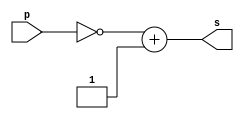
// -------------------------
// Extra2 - comnplemeno de 2
// Nome: guilherme alves de oliviera
// -------------------------

module complemento2(output [7:0]s,input [7:0]p);

assign s = ~p + 1;

endmodule//complemento2

module testecomplemento2;
reg [7:0]a;
wire [7:0]b;

complemento2 COM2(b,a);


// ------------------------- parte principal
initial begin:main
  $display("extra 2 -guilherme alves de oliveira - 450161");
  $display("Test complemento de 2:");
  
  #1
   a = 9;
	$monitor("a = %7b b = %7b",a,b);
end

endmodule//endtestecomplemento2